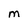
Character: M